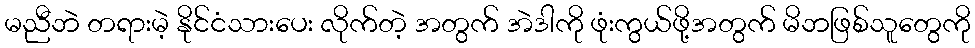
မညီဘဲ တရားမဲ့ နိုင်ငံသားပေး လိုက်တဲ့ အတွက် အဲဒါကို ဖုံးကွယ်ဖို့အတွက် မိဘဖြစ်သူတွေကို